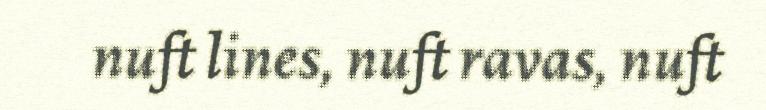
nuft lines, nuft ravas, nuft